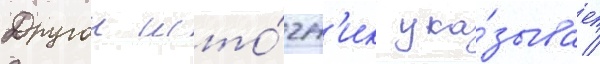
Другои исто́чн'ик ука́зывает /